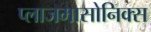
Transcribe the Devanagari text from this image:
प्लाजमासोनिक्स